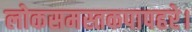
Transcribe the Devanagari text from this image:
लोकसमस्तकपापहरे।